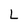
Character: L